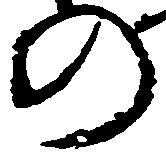
の